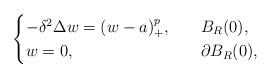
LaTeX: \begin{align*}\begin{cases}-\delta^2\Delta w=(w-a)^{p}_+,\ \ &\ B_R(0),\\w=0,\ \ &\ \partial B_R(0),\end{cases}\end{align*}